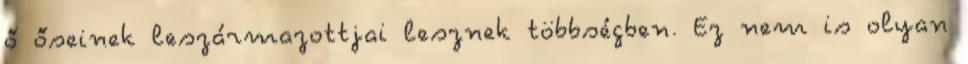
ő őseinek leszármazottjai lesznek többségben. Ez nem is olyan